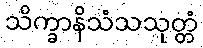
သိက္ခာနိသံသသုတ္တံ